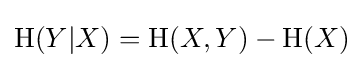
\mathrm {H} (Y|X)=\mathrm {H} (X,Y)-\mathrm {H} (X)